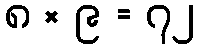
၈ × ၉ = ၇၂